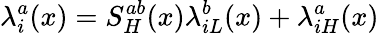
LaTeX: \lambda_{i}^{a}(x)=S_{H}^{ab}(x)\lambda_{iL}^{b}(x)+\lambda_{iH}^{a}(x)